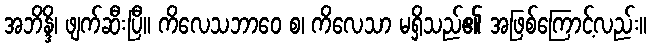
အဘိန္ဒိ၊ ဖျက်ဆီးပြီ။ ကိလေသဘာဝေ စ၊ ကိလေသာ မရှိသည်၏ အဖြစ်ကြောင့်လည်း။